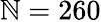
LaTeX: \mathbb{N}=260